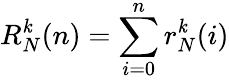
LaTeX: R_{N}^{\mathit{k}}(n)=\sum_{i=0}^{n}r_{N}^{\mathit{k}}(i)